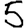
Digit: 5